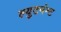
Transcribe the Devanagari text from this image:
ल्युटनंन्ट